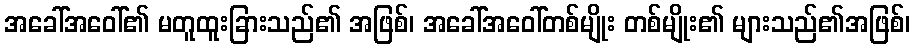
အခေါ်အဝေါ်၏ မတူထူးခြားသည်၏ အဖြစ်၊ အခေါ်အဝေါ်တစ်မျိုး တစ်မျိုး၏ များသည်၏အဖြစ်၊